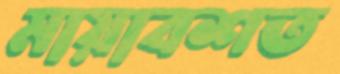
মায়াবশত